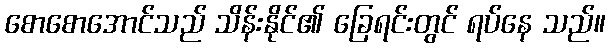
စောစောအောင်သည် သိန်းနိုင်၏ ခြေရင်းတွင် ရပ်နေ သည်။